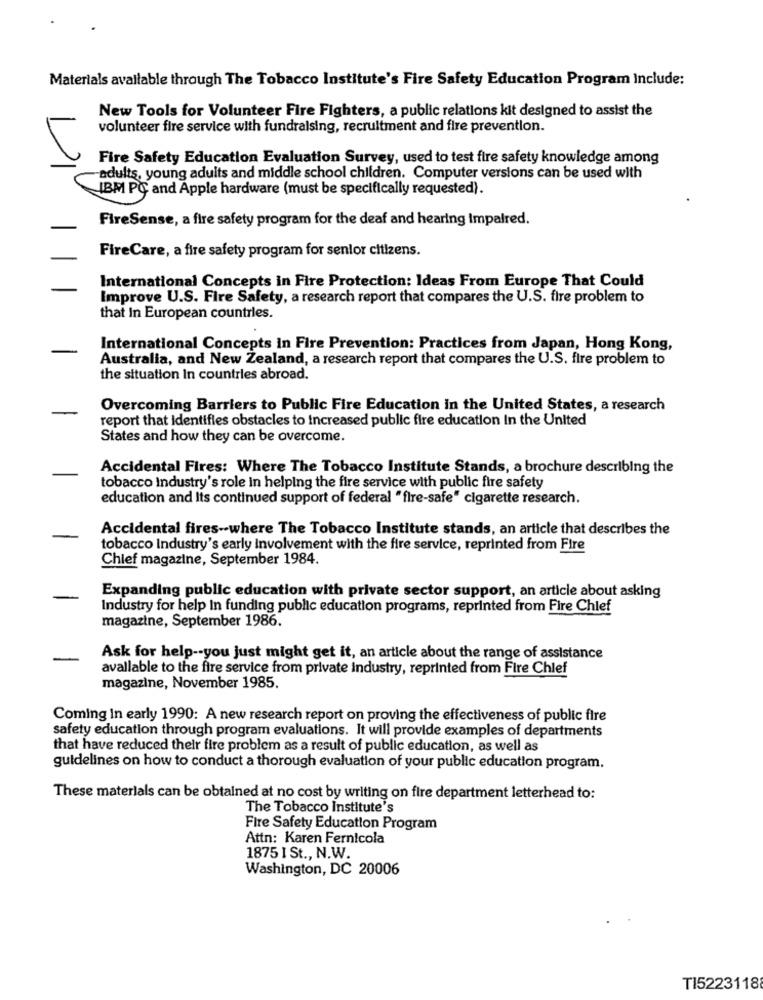
Materials available through The Tobacco Institute's Fire Safety Education Program Include:
New Tools for Volunteer Fire Fighters, a public relations kit designed to assist the
volunteer fire service with fundraising, recruitment and fire prevention.
Fire Safety Education Evaluation Survey, used to test fire safety knowledge among
-adults, young adults and middle school children. Computer versions can be used with
IBM PC and Apple hardware (must be specifically requested).
FireSense, a fire safety program for the deaf and hearing Impaired.
FireCare, a fire safety program for senior citizens.
International Concepts in Fire Protection: Ideas From Europe That Could
Improve U.S. Fire Safety, a research report that compares the U.S. fire problem to
that In European countries.
International Concepts In Fire Prevention: Practices from Japan, Hong Kong,
Australia, and New Zealand, a research report that compares the U.S. fire problem to
the situation In countries abroad.
Overcoming Barriers to Public Fire Education in the United States, a research
report that identifies obstacles to increased public fire education In the United
States and how they can be overcome.
Accidental Fires: Where The Tobacco Institute Stands, a brochure describing the
tobacco Industry's role in helping the fire service with public fire safety
education and Its continued support of federal "fire-safe" cigarette research.
Accidental fires -- where The Tobacco Institute stands, an article that describes the
tobacco industry's early involvement with the fire service, reprinted from Fire
Chief magazine, September 1984.
Expanding public education with private sector support, an article about asking
Industry for help In funding public education programs, reprinted from Fire Chief
magazine, September 1986.
Ask for help -- you just might get it, an article about the range of assistance
avallable to the fire service from private industry, reprinted from Fire Chief
magazine, November 1985.
Coming In early 1990: A new research report on proving the effectiveness of public fire
safety education through program evaluations. It will provide examples of departments
that have reduced their fire problem as a result of public education, as well as
guidelines on how to conduct a thorough evaluation of your public education program.
These materials can be obtained at no cost by writing on fire department letterhead to:
The Tobacco Institute's
Fire Safety Education Program
Attn: Karen Fernicola
1875 I St ., N.W.
Washington, DC 20006
TI5223118